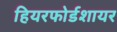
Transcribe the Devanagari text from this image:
हियरफोर्डशायर